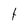
Character: t